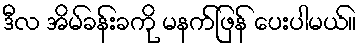
ဒီလ အိမ်ခန်းခကို မနက်ဖြန် ပေးပါမယ်။